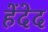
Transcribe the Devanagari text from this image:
हेंदेद